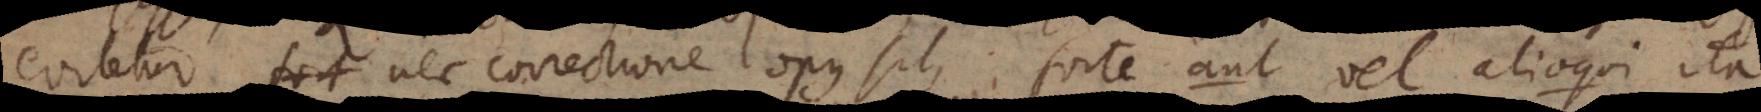
itetur nec correctione opus sit, forte aut vel alioqui ita